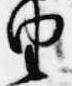
由